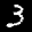
Label: 3